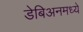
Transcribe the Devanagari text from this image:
डेबिअनमध्ये